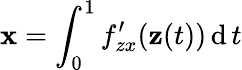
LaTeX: \mathbf{x}=\int_{0}^{1}f_{zx}^{\prime}(\mathbf{z}(t))\operatorname{d}t